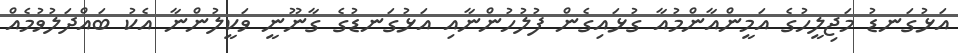
އަޅުގަނޑު މަޖިލީހުގެ އަމީންއާންމުއާ ގުޅައިގެން ފުލުހުންނާއި އަޅުގަނޑުގެ ގާނޫނީ ވަކީލުންނާ އެކު ބައްދަލުވުމެއް